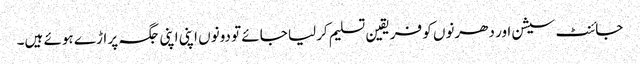
جائنٹ سیشن اور دھرنوں کو فریقین تسلیم کرلیا جائے تو دونوں اپنی اپنی جگہ پر اڑے ہوئے ہیں۔